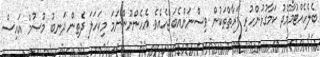
ބެލެހެއްޓުމާމެދު ކަމާގުޅުންހުރި ފަރާތްތަކުން ވިސްނަންއެބަޖެހެއެވެ. އެހެންނޫންނަމަ މިކަހަލަ ދެތިން ދަނބު މޫސުމް އައިސް